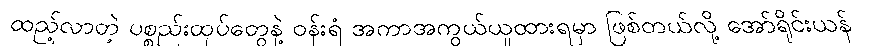
ထည့်လာတဲ့ ပစ္စည်းထုပ်တွေနဲ့ ဝန်းရံ အကာအကွယ်ယူထားရမှာ ဖြစ်တယ်လို့ အော်ရိုင်းယန်